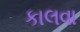
કાલવા